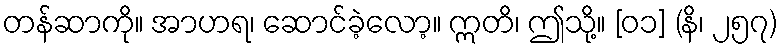
တန်ဆာကို။ အာဟရ၊ ဆောင်ခဲ့လော့။ ဣတိ၊ ဤသို့။ [၀၁] (နိ၊ ၂၅၇)